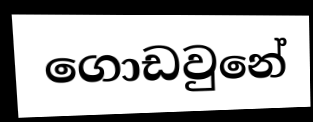
ගොඩවුනේ